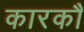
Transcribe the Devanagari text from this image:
कारकौ